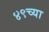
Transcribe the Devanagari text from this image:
४९च्या